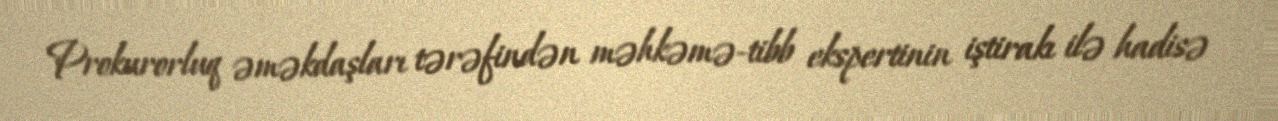
Prokurorluq əməkdaşları tərəfindən məhkəmə-tibb ekspertinin iştirakı ilə hadisə